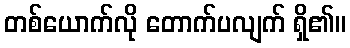
တစ်ယောက်လို တောက်ပလျက် ရှိ၏။